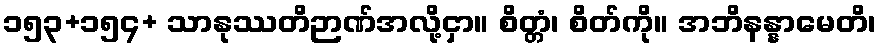
၁၅၃+၁၅၄+ သာနုဿတိဉာဏ်အလို့ငှာ။ စိတ္တံ၊ စိတ်ကို။ အဘိနန္နာမေတိ၊